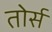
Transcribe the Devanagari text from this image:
तोर्स